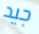
جيد